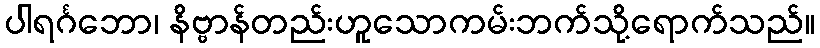
ပါရင်္ဂဘော၊ နိဗ္ဗာန်တည်းဟူသောကမ်းဘက်သို့ရောက်သည်။